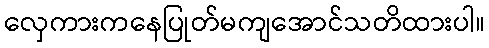
လှေကားကနေပြုတ်မကျအောင်သတိထားပါ။